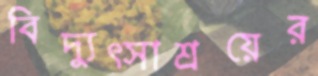
বিদ্যুত্সাশ্রয়ের